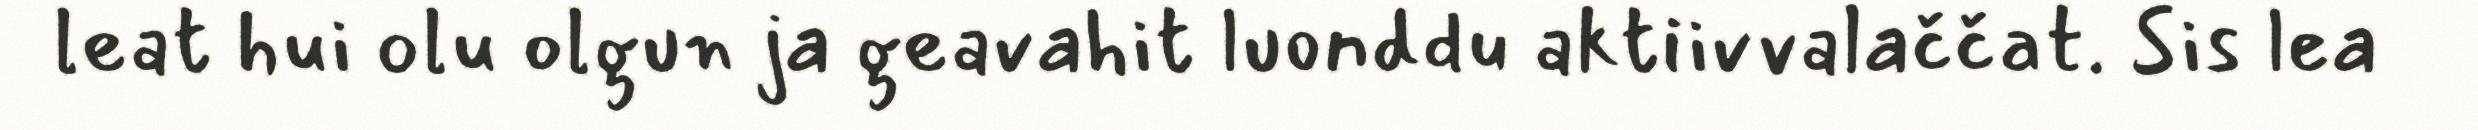
leat hui olu olgun ja geavahit luonddu aktiivvalaččat. Sis lea